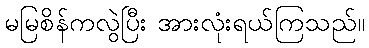
မမြစိန်ကလွဲပြီး အားလုံးရယ်ကြသည်။